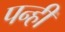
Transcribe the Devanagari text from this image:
पन्हीं